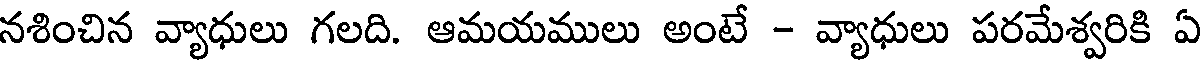
నశించిన వ్యాధులు గలది. ఆమయములు అంటే - వ్యాధులు పరమేశ్వరికి ఏ